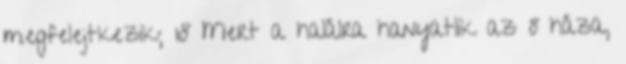
megfelejtkezik; 18 Mert a halálra hanyatlik az ő háza,